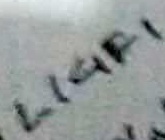
Text: LIGF1